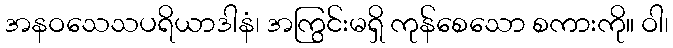
အနဝသေသပရိယာဒါနံ၊ အကြွင်းမရှိ ကုန်စေသော စကားကို။ ဝါ၊